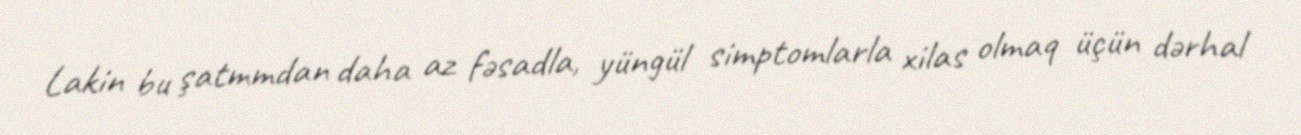
Lakin bu şatmmdan daha az fəsadla, yüngül simptomlarla xilas olmaq üçün dərhal